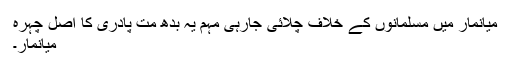
میانمار میں مسلمانوں کے خلاف چلائی جارہی مہم یہ بدھ مت پادری کا اصل چہرہ
میانمار۔